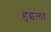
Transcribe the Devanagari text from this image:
हुइला